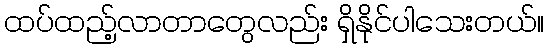
ထပ်ထည့်လာတာတွေလည်း ရှိနိုင်ပါသေးတယ်။